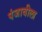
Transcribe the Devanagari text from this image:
पंजाबीला